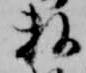
数